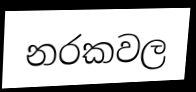
නරකවල